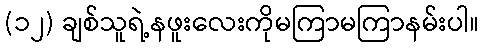
(၁၂) ချစ်သူရဲ့နဖူးလေးကိုမကြာမကြာနမ်းပါ။